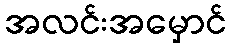
အလင်းအမှောင်